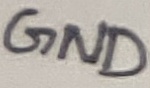
Text: GND